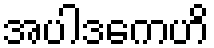
အပါဒကေဟိ